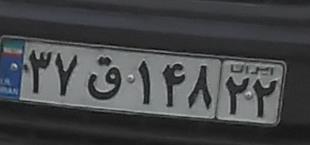
۳۷ق۱۴۸۲۲